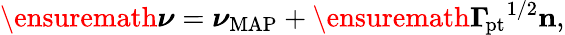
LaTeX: \begin{array}{r}{\ensuremath{\boldsymbol\nu}=\boldsymbol\nu_{\mathrm{MAP}}+\ensuremath{\boldsymbol\Gamma_{\! \mathrm{{pt}}}}^{1/2}\mathbf n,}\end{array}